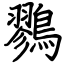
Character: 鷚